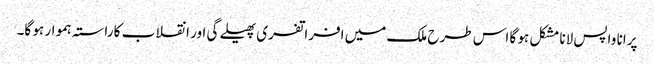
پرانا واپس لانا مشکل ہو گا اس طرح ملک میں افراتفری پھیلے گی اور انقلاب کا راستہ ہموار ہو گا۔